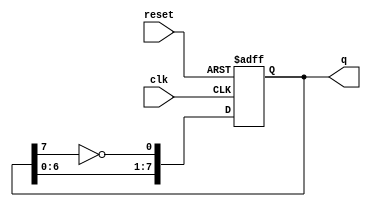
module johnson_counter (
    input wire clk,         // Clock input
    input wire reset,       // Reset input
    output reg [7:0] q      // 8-bit output
);

// Always block triggered on the rising edge of the clock or when reset is asserted
always @(posedge clk or posedge reset) begin
    if (reset) begin
        q <= 8'b00000000;   // Reset the counter to 0
    end else begin
        // Shift the register and feed back the inverted last bit
        q <= {q[6:0], ~q[7]};
    end
end

endmodule